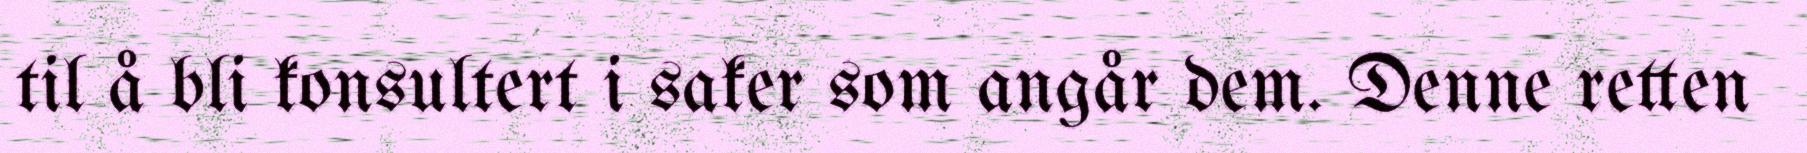
til å bli konsultert i saker som angår dem. Denne retten